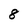
Character: 8